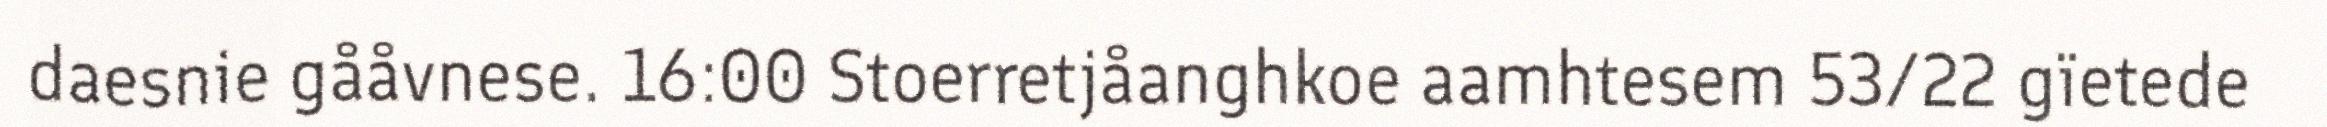
daesnie gååvnese. 16:00 Stoerretjåanghkoe aamhtesem 53/22 gïetede